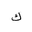
Letter: _kaf